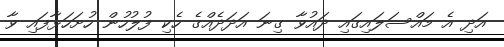
އަދި އެ މައްސަލައިގައި ދައުވާ ގިނަ އަދަދެއްގެ ހެކި ފުލުހުން ހުށަހަޅާފައި ވާ